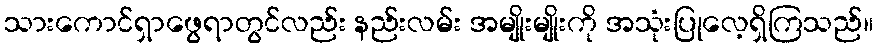
သားကောင်ရှာဖွေရာတွင်လည်း နည်းလမ်း အမျိုးမျိုးကို အသုံးပြုလေ့ရှိကြသည်။